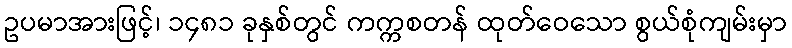
ဥပမာအားဖြင့်၊ ၁၄၈၁ ခုနှစ်တွင် ကက္ကစတန် ထုတ်ဝေသော စွယ်စုံကျမ်းမှာ